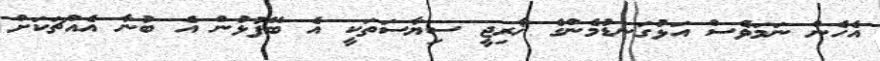
އެހެން ނަމަވެސް އަޅުގަނޑުމެންގެ ޚާރިޖީ ސިޔާސަތަކީ އެ ބޭފުޅުން އެ ބުނާ އެއްޗަކަށް